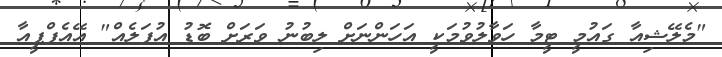
"މެލޭޝިއާ ގައުމީ ޓީމާ ހަވާލުވުމަކީ އަހަންނަށް ލިބުނު ވަރަށް ބޮޑު އުފަލެއް" އޭއެފްޕީއާ